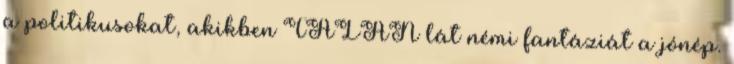
a politikusokat, akikben TALÁN lát némi fantáziát a jónép.